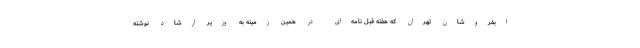
ابفروشان تهران که هفته قبل نامه‌ای در همین زمینه به وزیر ارشاد نوشته